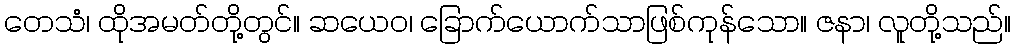
တေသံ၊ ထိုအမတ်တို့တွင်။ ဆယေဝ၊ ခြောက်ယောက်သာဖြစ်ကုန်သော။ ဇနာ၊ လူတို့သည်။